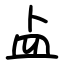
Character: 盀